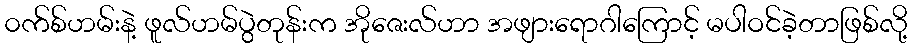
၀က်စ်ဟမ်းနဲ့ ဖူလ်ဟမ်ပွဲတုန်းက အိုဇေးလ်ဟာ အဖျားရောဂါကြောင့် မပါဝင်ခဲ့တာဖြစ်လို့